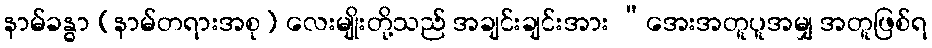
နာမ်ခန္ဓာ (နာမ်တရားအစု) လေးမျိုးတို့သည် အချင်းချင်းအား “အေးအတူပူအမျှ အတူဖြစ်ရ